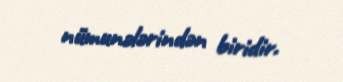
nümunələrindən biridir.